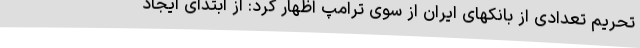
تحریم تعدادی از بانکهای ایران از سوی ترامپ اظهار کرد: از ابتدای ایجاد